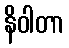
နိဝါတာ